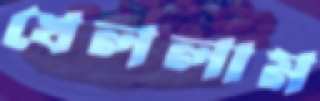
খেললাম